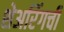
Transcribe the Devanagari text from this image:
शेअरिंगची